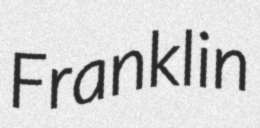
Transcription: Franklin